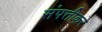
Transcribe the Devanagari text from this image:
संपत्तीकर